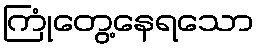
ကြုံတွေ့နေရသော